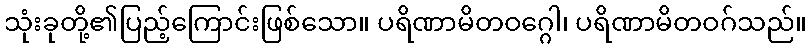
သုံးခုတို့၏ပြည့်ကြောင်းဖြစ်သော။ ပရိဏာမိတဝဂ္ဂေါ၊ ပရိဏာမိတဝဂ်သည်။